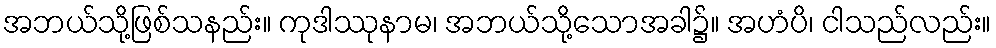
အဘယ်သို့ဖြစ်သနည်း။ ကုဒါဿုနာမ၊ အဘယ်သို့သောအခါ၌။ အဟံပိ၊ ငါသည်လည်း။